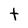
Character: t